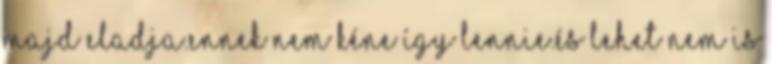
majd eladja.ennek nem kéne így lennie.és lehet nem is